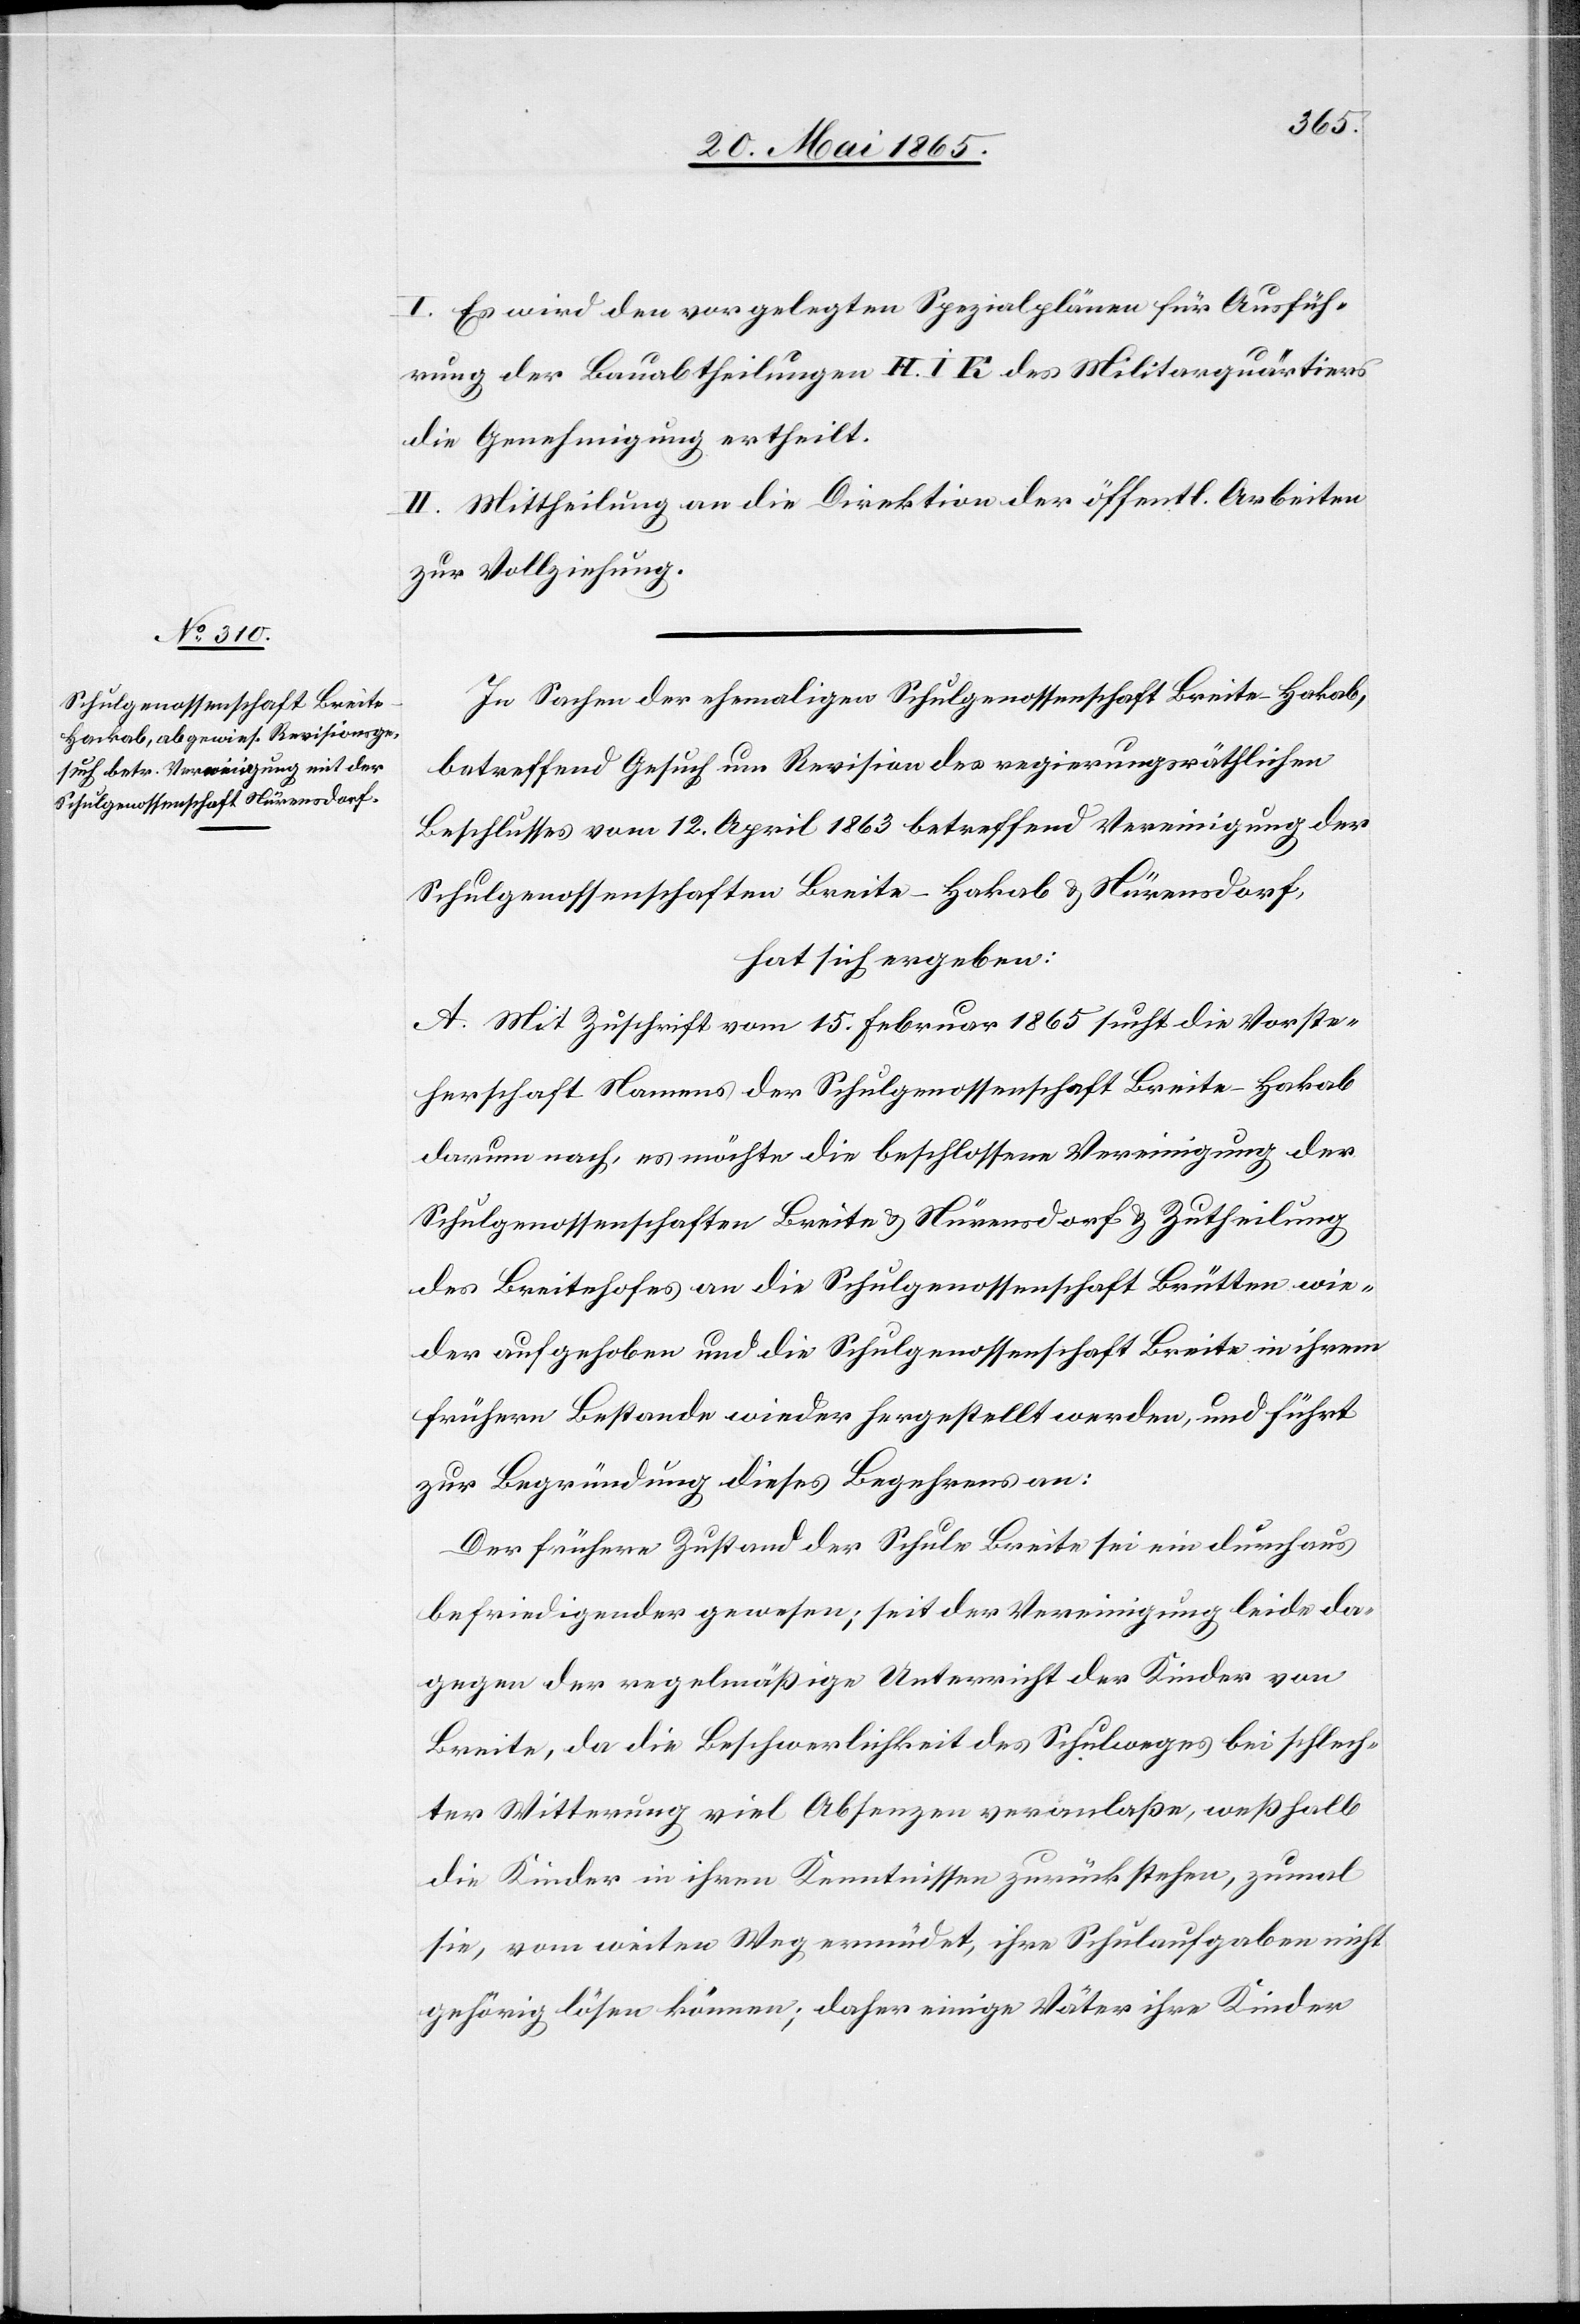
I. Es wird den vorgelegten Spezialplänen für Ausfüh¬
rung der Bauabtheilungen H. I K des Militarquärtiers
die Genehmigung ertheilt.
II. Mittheilung an die Direktion der öffentl. Arbeiten
zur Vollziehung.
In Sachen der ehemaligen Schulgenossenschaft Breite-Hakab
betreffend Gesuch um Revision des regierungsräthlichen
Beschlusses vom 12. April 1863 betreffend Vereinigung der
Schulgenossenschaften Breite-Hakab & Nürensdorf,
hat sich ergeben:
A. Mit Zuschrift vom 15. Februar 1865 sucht die Vorste¬
herschaft Namens der Schulgenossenschaft Breite-Hakab
darum nach, es möchte die beschlossene Vereinigung der
Schulgenossenschaften Breite & Nürensdorf & Zutheilung
des Breitehofes an die Schulgenossenschaft Brüten wie¬
der aufgehoben und die Schulgenossenschaft Breite in ihrem
frühern Bestande wieder hergestellt werden, und führt
zur Begründung dieses Begehrens an:
Der frühere Zustand der Schule Breite sei ein durchaus
befriedigender gewesen; seit der Vereinigung leide da¬
gegen der regelmäßige Unterricht der Kinder von
Breite, da die Beschwerlichkeit des Schulweges bei schlech¬
ter Witterung viel Absenzen veranlaße, weßhalb
die Kinder in ihren Kenntnissen zurück stehen, zumal
sie, vom weiten Weg ermüdet, ihre Schulaufgaben nicht
gehörig lösen können; daher einige Väter ihre Kinder